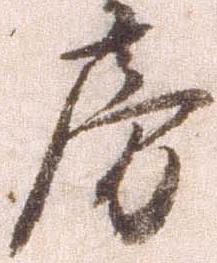
房